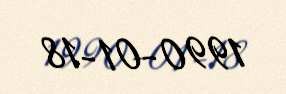
1990-01-18